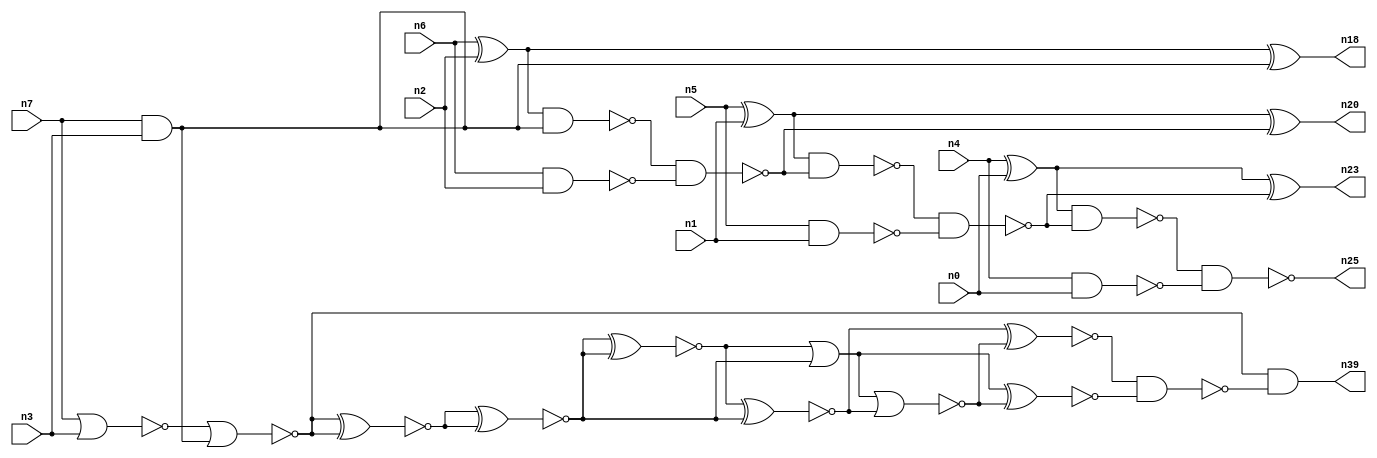
// This file contains a pareto-optimal circuit with respect to area and the fault-resilince parameter p_fault which is defined as:
// "For all input vectors, the ratio of the no. of faults observable at the POs to the no. of total possible faults in the circuit".
// This code is part of the ReCkt library (https://github.com/umar-afzaal/ReCkt) distributed under The MIT License.
// When used, please cite the following article(s):
// U. Afzaal, A.S. Hassan, M. Usman and J.A. Lee, "On the Evolutionary Synthesis of Increased Fault-resilience Arithmetic Circuits".

// p_fault = 62.5 %    (Lower is better)
// gates = 30.0
// levels = 10
// area = 42.27    (For MCNC library relative to nand2)
// power = 208.3 uW    (Berkely-SIS for MCNC library @ Vdd=5V and 20 MHz clock)
// delay = 18.4 ns    (Berkely-ABC for MCNC library)
// PDP = 3.83272e-12 J

// Pin mapping:
// {n0, n1, n2, n3} = A[3:0]
// {n4, n5, n6, n7} = B[3:0]
// {n25, n23, n20, n18, n39} = O[4:0]

module addr4u_area_40 (
n0, n1, n2, n3, n4, n5, n6, n7, 
n25, n23, n20, n18, n39
);

input n0, n1, n2, n3, n4, n5, n6, n7;
output n25, n23, n20, n18, n39;
wire n29, n38, n13, n30, n24, n9, n14, n16, n35, n22, n8, n15, n32, n10, n31, n26, n19, n21, n33, n27, 
n11, n28, n12, n17, n34;

xor (n8, n4, n0);
nand (n9, n4, n0);
nand (n10, n5, n1);
nand (n11, n6, n2);
nor (n12, n7, n3);
xor (n13, n6, n2);
and (n14, n7, n3);
xor (n15, n5, n1);
nor (n16, n12, n14);
nand (n17, n13, n14);
xor (n18, n13, n14);
nand (n19, n17, n11);
xor (n20, n15, n19);
nand (n21, n15, n19);
nand (n22, n21, n10);
xor (n23, n8, n22);
nand (n24, n8, n22);
nand (n25, n24, n9);
xnor (n26, n16, n16);
xnor (n27, n16, n16);
xnor (n28, n26, n26);
xnor (n29, n27, n27);
xnor (n30, n28, n28);
xnor (n31, n30, n29);
or (n32, n30, n29);
nor (n33, n32, n31);
xnor (n34, n32, n33);
xnor (n35, n31, n33);
nand (n38, n35, n34);
and (n39, n16, n38);

endmodule